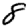
Digit: 8